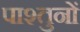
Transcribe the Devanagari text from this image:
पाश्तुनों